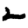
Digit: 2